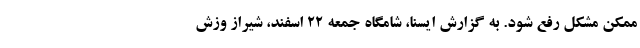
ممکن مشکل رفع شود. به گزارش ایسنا، شامگاه جمعه ۲۲ اسفند، شیراز وزش